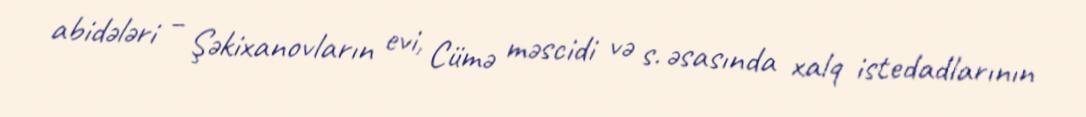
abidələri – Şəkixanovların evi, Cümə məscidi və s. əsasında xalq istedadlarının